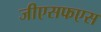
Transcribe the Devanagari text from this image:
जीएसफएस